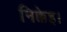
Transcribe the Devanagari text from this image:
निक्केइ।